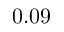
0 . 0 9